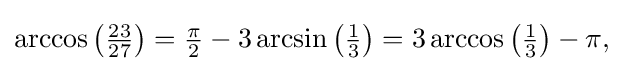
{\textstyle \arccos \left({\frac {23}{27}}\right)={\frac {\pi }{2}}-3\arcsin \left({\frac {1}{3}}\right)=3\arccos \left({\frac {1}{3}}\right)-\pi ,}